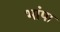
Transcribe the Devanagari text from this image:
भांपा